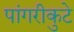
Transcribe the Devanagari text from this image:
पांगरीकुटे